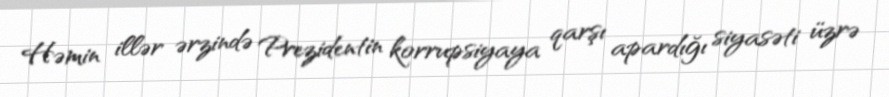
Həmin illər ərzində Prezidentin korrupsiyaya qarşı apardığı siyasəti üzrə